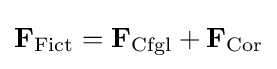
\mathbf {F} _{\mathrm {Fict} }=\mathbf {F} _{\mathrm {Cfgl} }+\mathbf {F} _{\mathrm {Cor} }